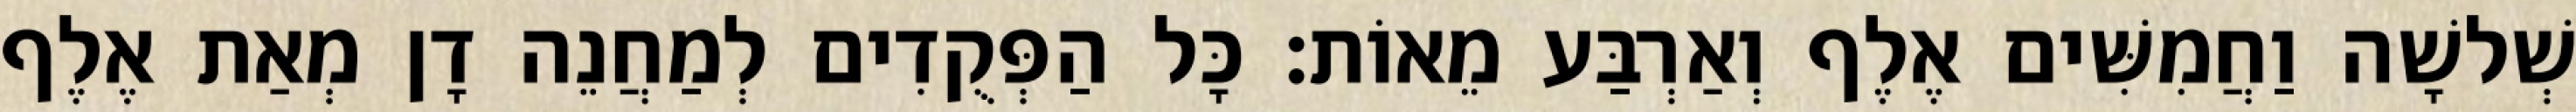
שְׁלשָׁה וַחֲמִשִּׁים אֶלֶף וְאַרְבַּע מֵאוֹת׃ כָּל הַפְּקֻדִים לְמַחֲנֵה דָן מְאַת אֶלֶף